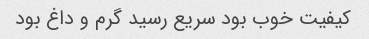
کیفیت خوب بود سریع رسید گرم و داغ بود